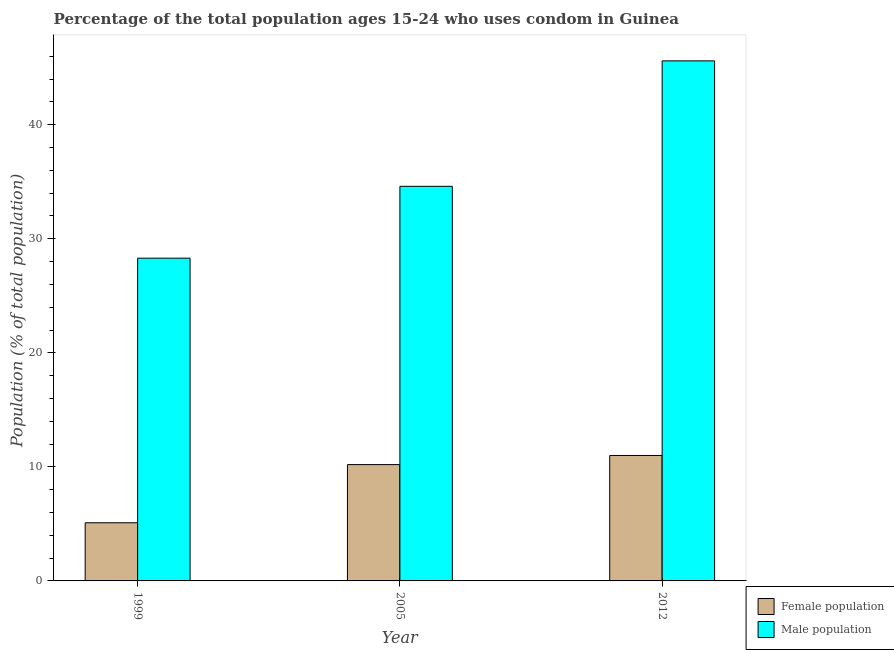
| Year | Female population | Male population |
 | --- | --- | --- |
 | 1999 | 5.1 | 28.3 |
 | 2005 | 10.2 | 34.6 |
 | 2012 | 11 | 45.6 |